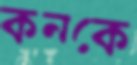
কনকে